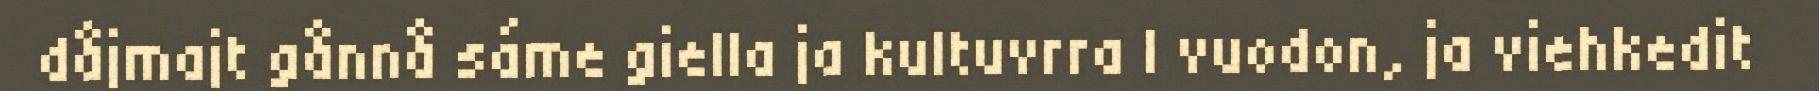
dåjmajt gånnå sáme giella ja kultuvrra l vuodon, ja viehkedit